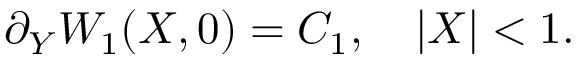
\partial _ { Y } W _ { 1 } ( X , 0 ) = C _ { 1 } , \quad | X | < 1 .